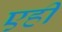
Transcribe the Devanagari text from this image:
एही